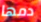
دمها